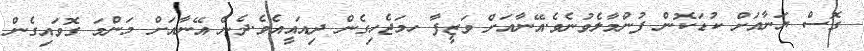
ގޮސް ޔަނާއަށް ކުޑަކޮން ފުންމާލެވުނެވެ.އޭނާއަށް ވަޒީފާ ހމަޖެހިގެން ދިއައީއެވެ.ދެން އޭނާއަށް މަންމަ ގޮވައިގެން